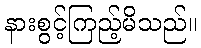
နားစွင့်ကြည့်မိသည်။